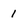
Character: 1